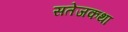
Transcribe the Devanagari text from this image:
सतेजकथा